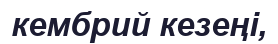
кембрий кезеңі,